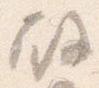
殿